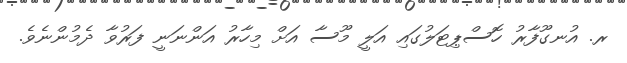
ރ. އުނގޫފާރު ހޮސްޕިޓަލުގައި އަލީ މޫސާ އަށް މިހާރު އަންނަނީ ފަރުވާ ދެމުންނެވެ.